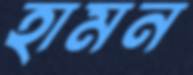
হামন